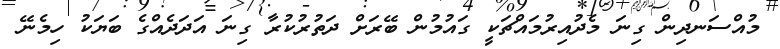
މުއްސަނދިން ގިނަ މެދުއިރުމައްޗަކީ ގައުމުން ބޭރަށް ދަތުރުކުރާ ގިނަ އަދަދެއްގެ ބަޔަކު ހިމެނޭ